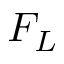
F _ { L }